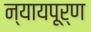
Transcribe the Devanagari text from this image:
न्‍यायपूर्ण